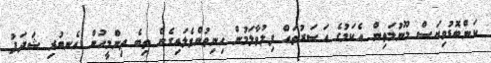
ކަންބޮޑުވިޔަސް މޫނުމަތިން އެކަމުގެ އަސަރުތައް ފިލުވާލަމުން ހިނިތުންވެލައިގެން ތިބެ ތިންމީހުން އެނބުރި ޝަދަފު